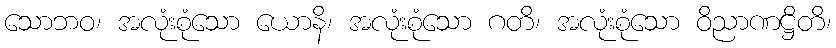
သောဘဝ၊ အလုံးစုံသော ယောနိ၊ အလုံးစုံသော ဂတိ၊ အလုံးစုံသော ဝိညာဏဋ္ဌိတိ၊